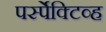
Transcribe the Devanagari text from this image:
पर्स्पेक्टिव्ह